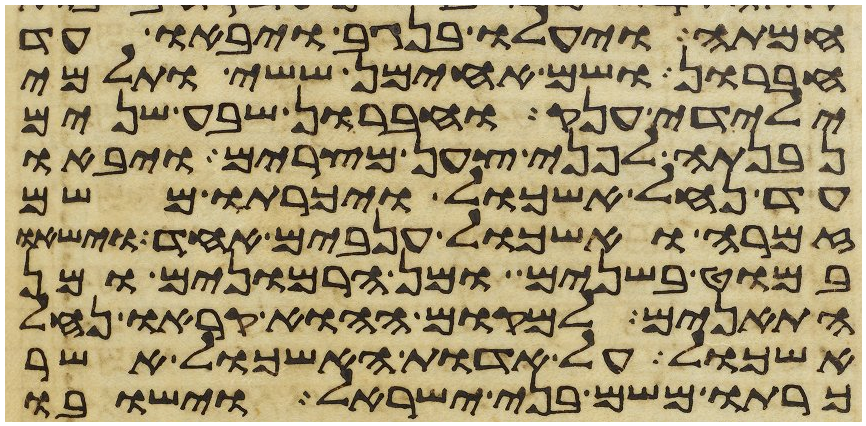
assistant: חמתה ויעלו בנגב ויבאו עד
חברון ושם אחימן ששי ותלמי
ילידי ענק וחברון שבע שנים
נבנתה לפני צען מצרים ויבאו
עד נחל אשכול ויכרתו משם
זמרה ואשכול ענבים אחד וישאו
במוט בשנים ומן הרמונים ומן
התאנים למקום ההוא קראו נחל
אשכול על אדות האשכול אשר
כרתו משם בני ישראל וישבו